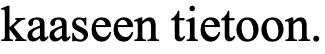
kaaseen tietoon.